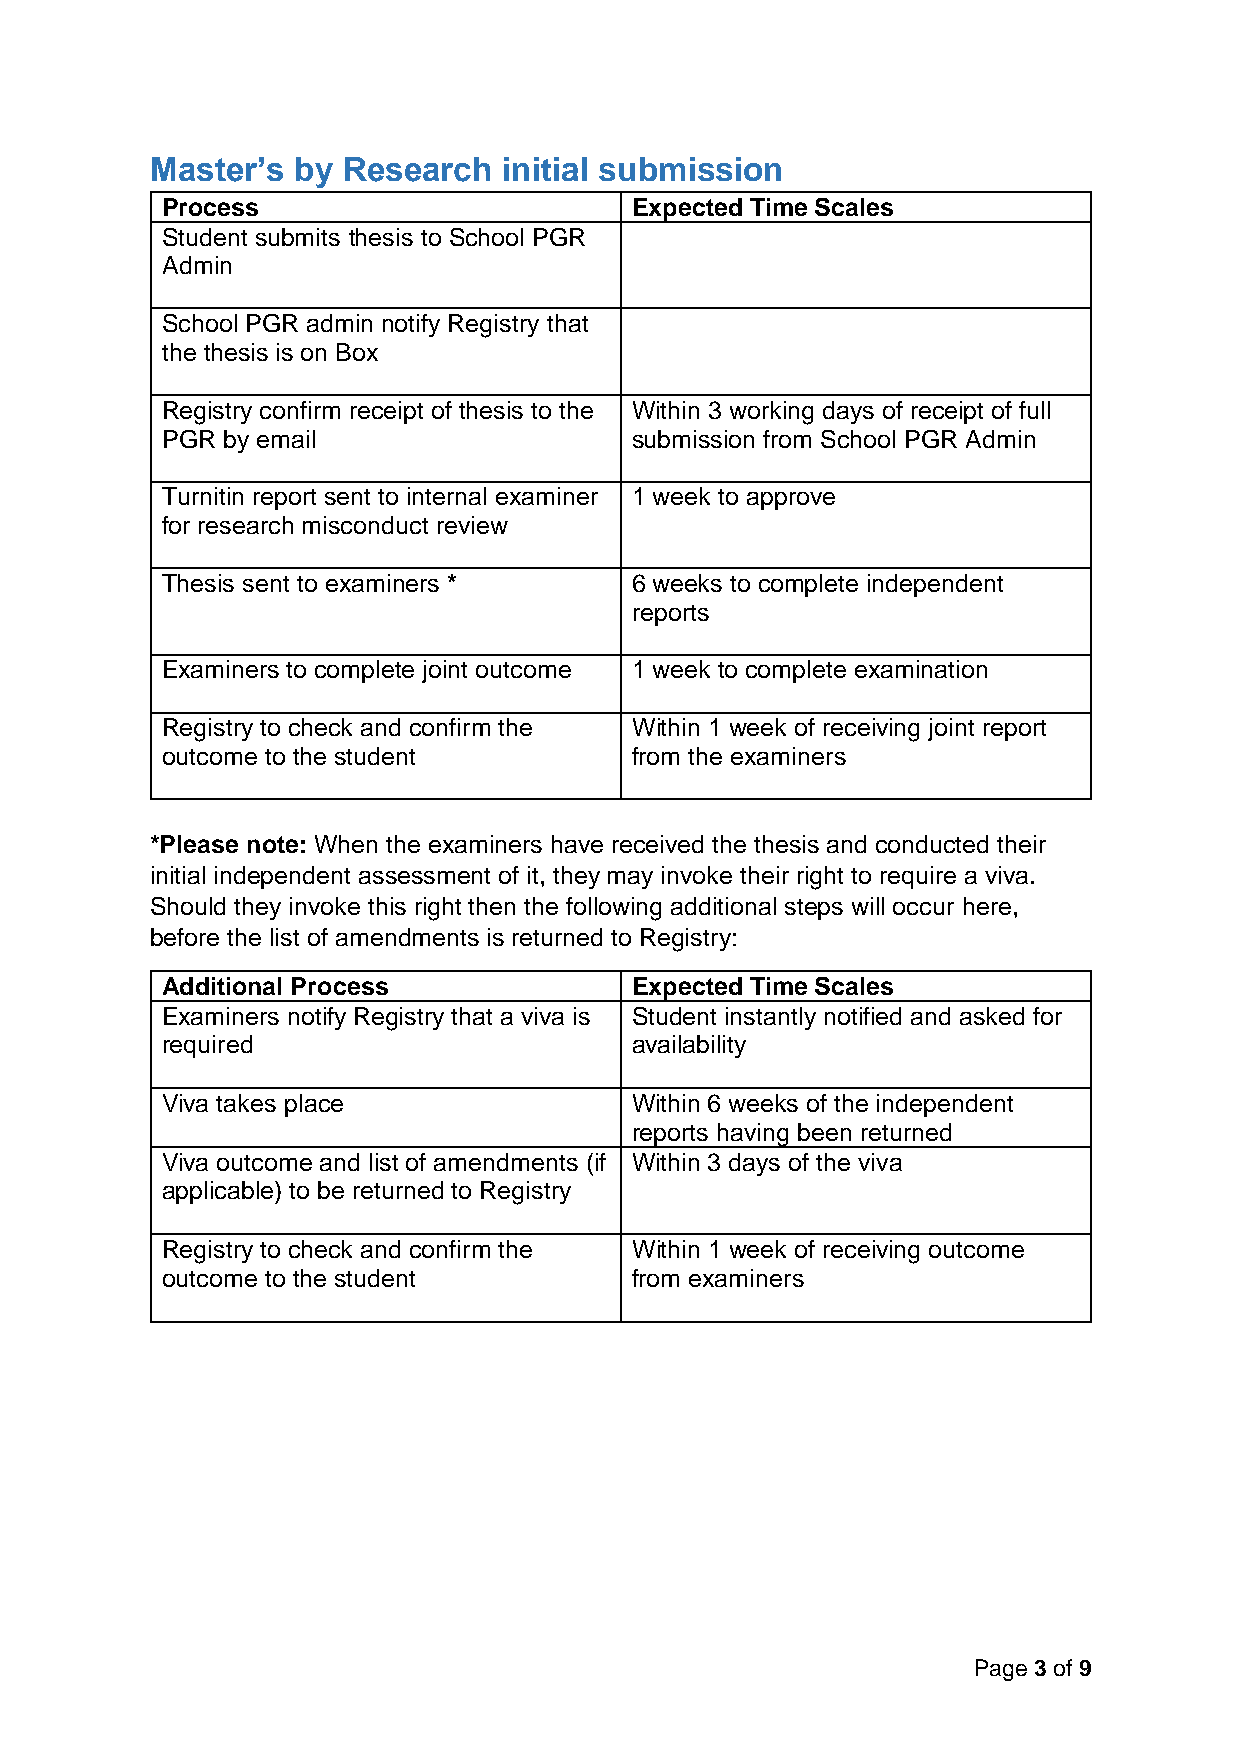
Master’s by  Research  initial submission
 Process                        Expected Time Scales
 Student submits thesis to School PGR
 Admin
 School PGR admin notify Registry that
 the thesis is on Box
 Registry confirm receipt of thesis to the Within 3 working days of receipt of full
 PGR by email                   submission from School PGR Admin
 Turnitin report sent to internal examiner 1 week to approve
 for research misconduct review
 Thesis sent to examiners *     6 weeks to complete independent
 reports
 Examiners to complete joint outcome 1 week to complete examination
 Registry to check and confirm the Within 1 week of receiving joint report
 outcome to the student         from the examiners
 *Please note: When the examiners have received the thesis and conducted their
 initial independent assessment of it, they may invoke their right to require a viva.
 Should they invoke this right then the following additional steps will occur here,
 before the list of amendments is returned to Registry:
 Additional Process             Expected Time Scales
 Examiners notify Registry that a viva is Student instantly notified and asked for
 required                       availability
 Viva takes place               Within 6 weeks of the independent
 reports having been returned
 Viva outcome and list of amendments (if Within 3 days of the viva
 applicable) to be returned to Registry
 Registry to check and confirm the Within 1 week of receiving outcome
 outcome to the student         from examiners
 Page 3 of 9